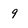
Character: 9